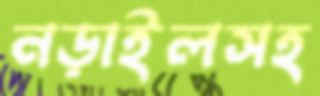
নড়াইলসহ